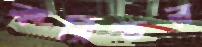
করিডর